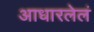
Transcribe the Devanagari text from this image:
आधारलेलं